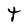
Character: t